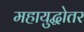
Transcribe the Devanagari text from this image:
महायुद्धोतर